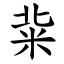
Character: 䉾